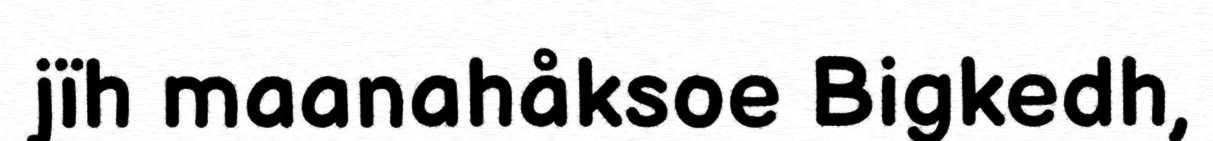
jïh maanahåksoe Bigkedh,